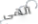
الهى